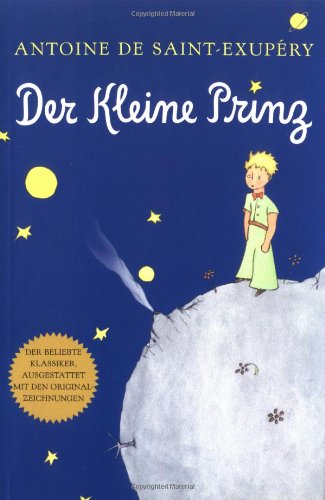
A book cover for Der Kleine Prinz (German); Antoine de Saint-ExupÃ©ry; Literature & Fiction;